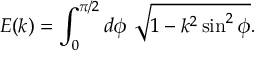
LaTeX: E ( k ) = \int _ { 0 } ^ { \pi / 2 } d \phi ~ \sqrt { 1 - k ^ { 2 } \sin ^ { 2 } \phi } .